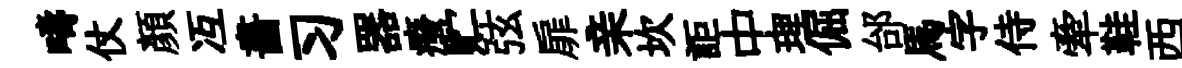
疇仗顏冱畵习器癈贮弦扉亲坎詎中理倔邰馬字侍牽鞋西